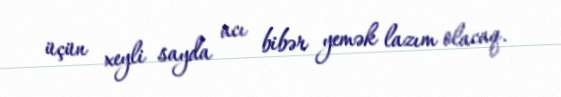
üçün xeyli sayda acı bibər yemək lazım olacaq.